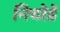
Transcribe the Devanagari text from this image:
निचोडें